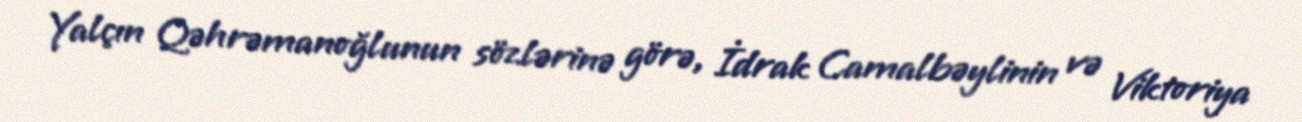
Yalçın Qəhrəmanoğlunun sözlərinə görə, İdrak Camalbəylinin və Viktoriya